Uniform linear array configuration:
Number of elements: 64
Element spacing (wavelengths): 0.25
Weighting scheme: hann
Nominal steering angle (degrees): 45
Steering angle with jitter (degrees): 44.248
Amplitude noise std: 0.05
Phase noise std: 0.05

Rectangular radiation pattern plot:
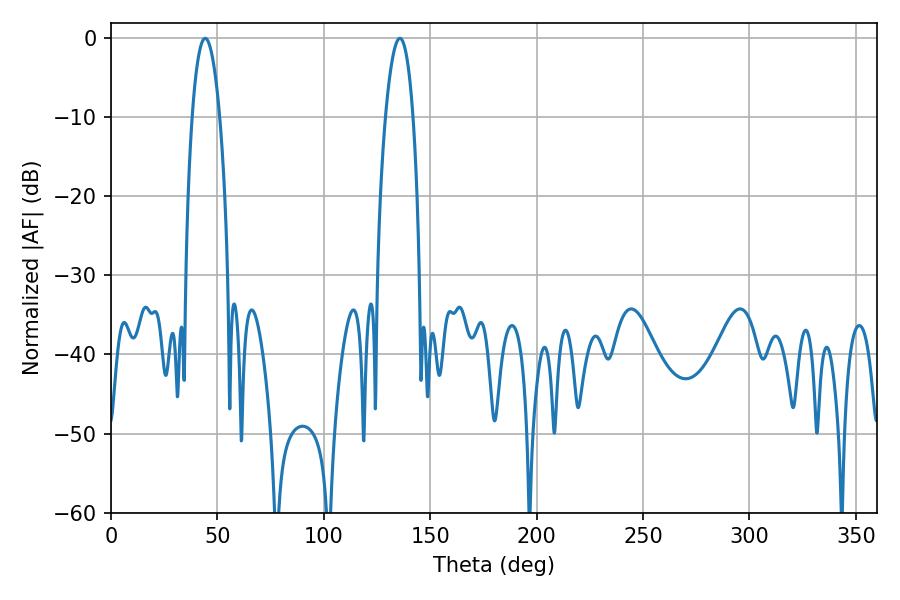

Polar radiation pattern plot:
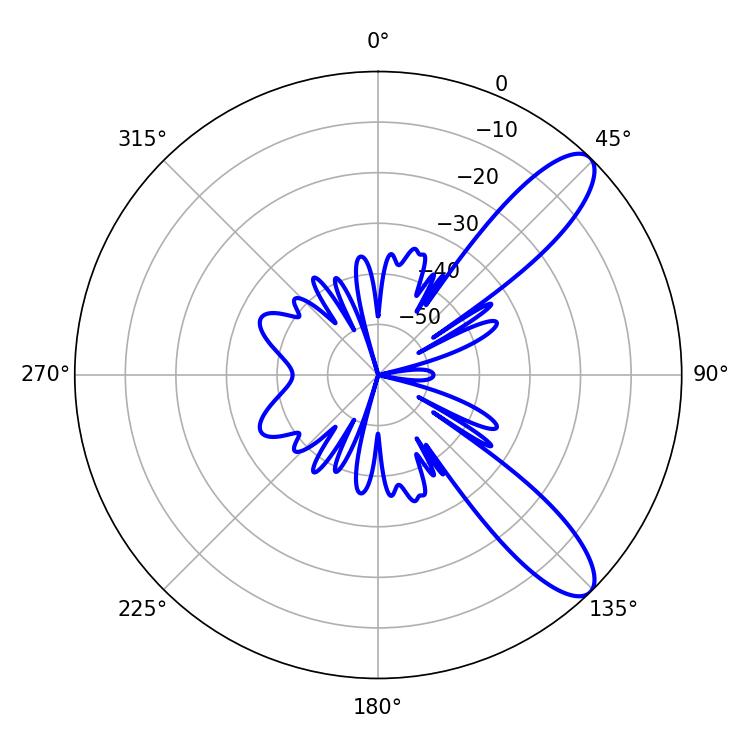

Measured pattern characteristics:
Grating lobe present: FALSE
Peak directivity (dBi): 10.269
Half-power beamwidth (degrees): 7.2
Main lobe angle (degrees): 44.28